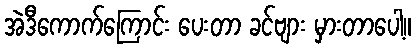
အဲဒီကောက်ကြောင်း ပေးတာ ခင်ဗျား မှားတာပေါ့။